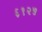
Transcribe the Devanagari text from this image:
६१२५